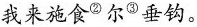
我来施食②尔③垂钩。